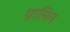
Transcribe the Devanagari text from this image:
ग्रामिन